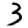
Digit: 3